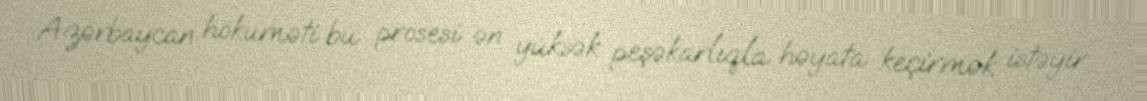
Azərbaycan hökuməti bu prosesi ən yüksək peşəkarlıqla həyata keçirmək istəyir